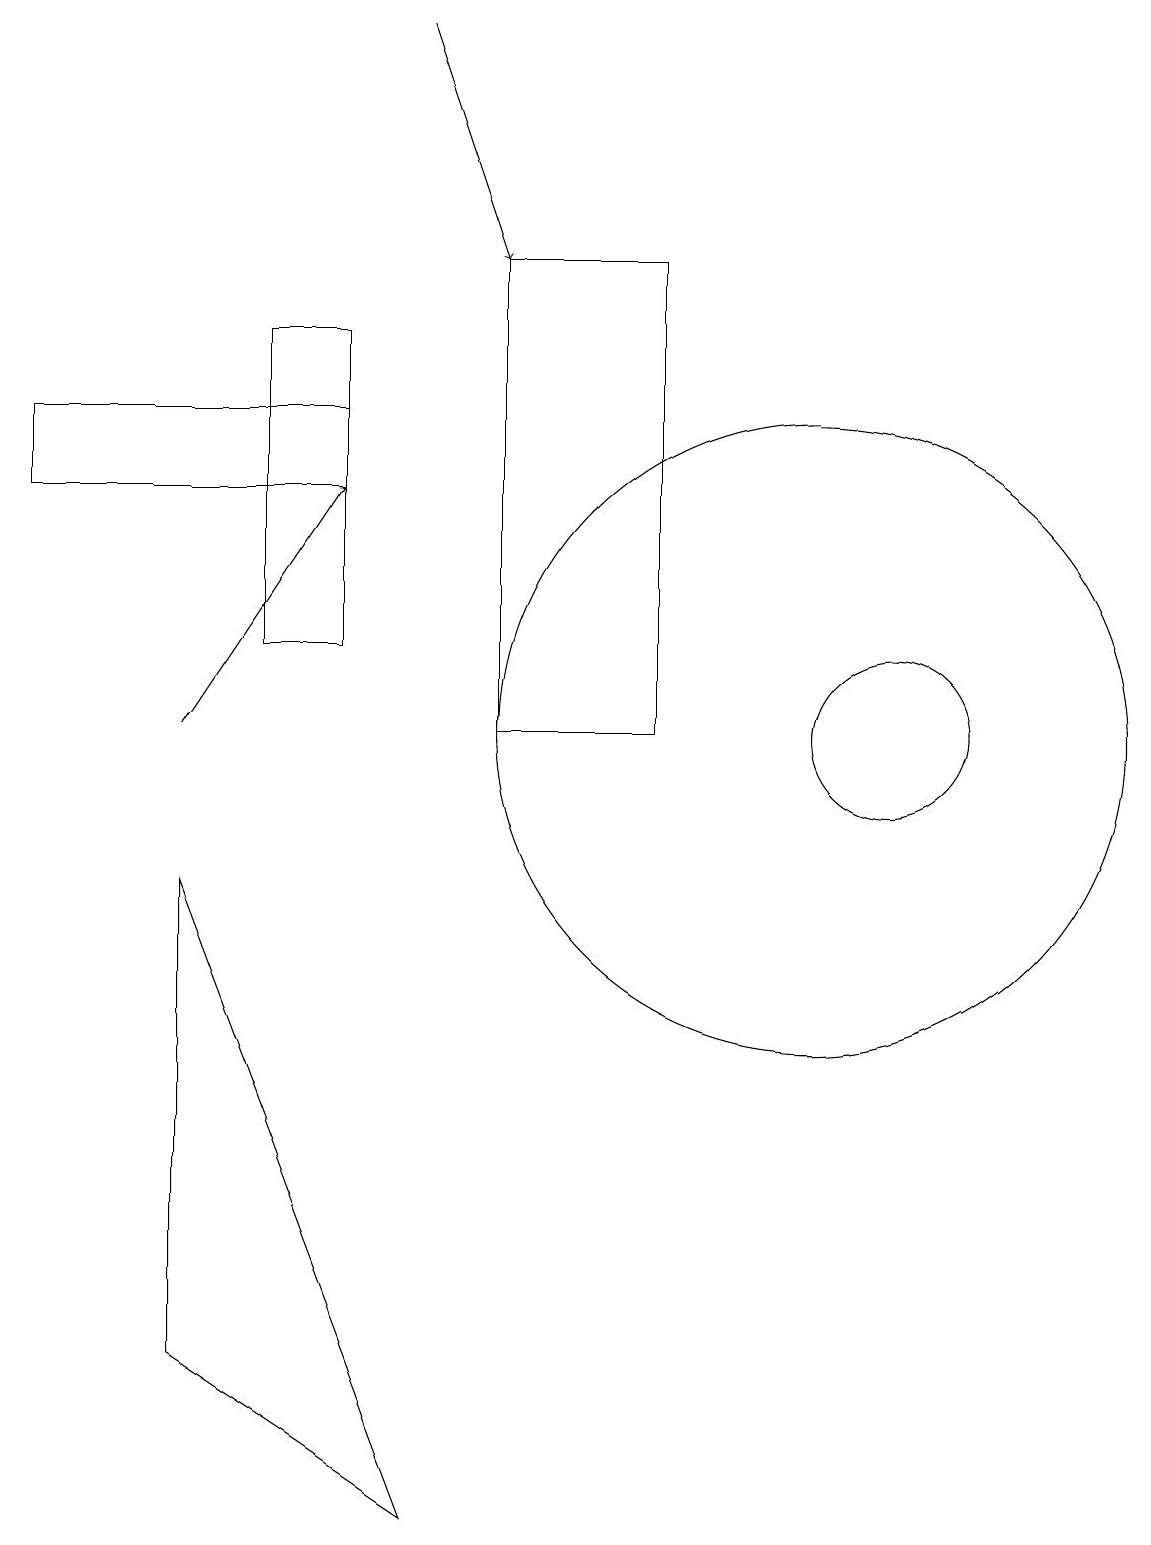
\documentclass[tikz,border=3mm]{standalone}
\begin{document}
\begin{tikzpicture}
\draw (8,16) rectangle (6,10);
\draw (4,15) rectangle (3,11);
\draw[->] (2,10) -- (4,13);
\draw (2,8) -- (2,2) -- (5,0) -- cycle;
\draw (4,14) rectangle (0,13);
\draw (10,10) circle (4);
\draw (11,10) circle (1);
\draw[->] (5,19) -- (6,16);
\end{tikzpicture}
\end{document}